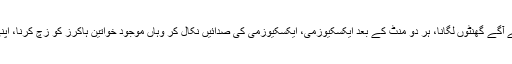
شاپنگ سینٹر میں ٹرالی بھگانا، پیچھے آنے والے کو راستہ نہ دینا، بلاوجہ کسی بھی ریک کے آگے گھنٹوں لگانا، ہر دو منٹ کے بعد ایکسکیوزمی، ایکسکیوزمی کی صدائیں نکال کر وہاں موجود خواتین ہاکرز کو زچ کرنا، اپنی تفریح کے لیے دوسروں کی زندگی اجیرن بنانا یہ بحیثیت ہجوم ہماری خاصیت بن چکی ہے۔